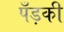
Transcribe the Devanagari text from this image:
पँड़की